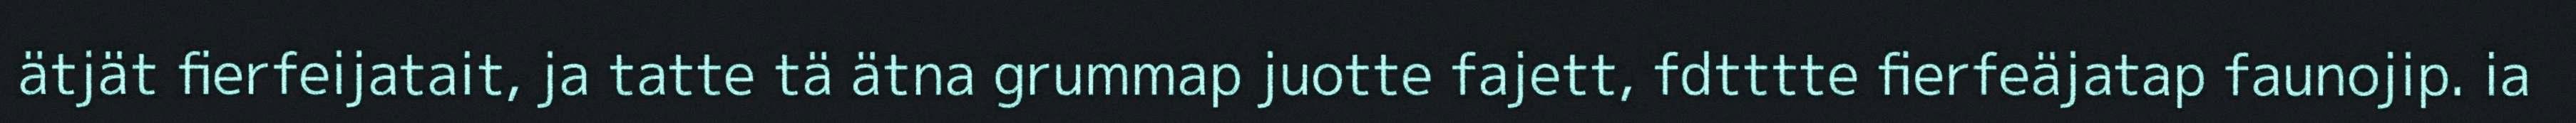
ätjät fierfeijatait, ja tatte tä ätna grummap juotte fajett, fdtttte fierfeäjatap faunojip. ia